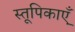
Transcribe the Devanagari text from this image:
स्तूपिकाएँ